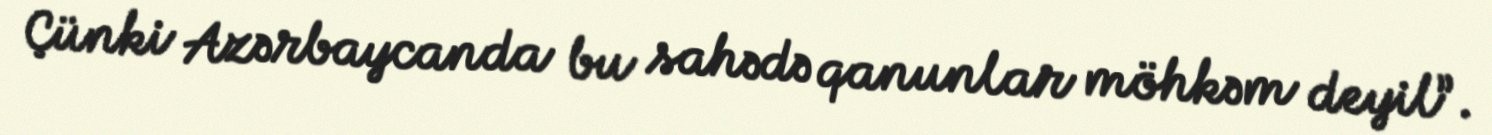
Çünki Azərbaycanda bu sahədə qanunlar möhkəm deyil”.